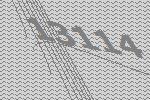
13114